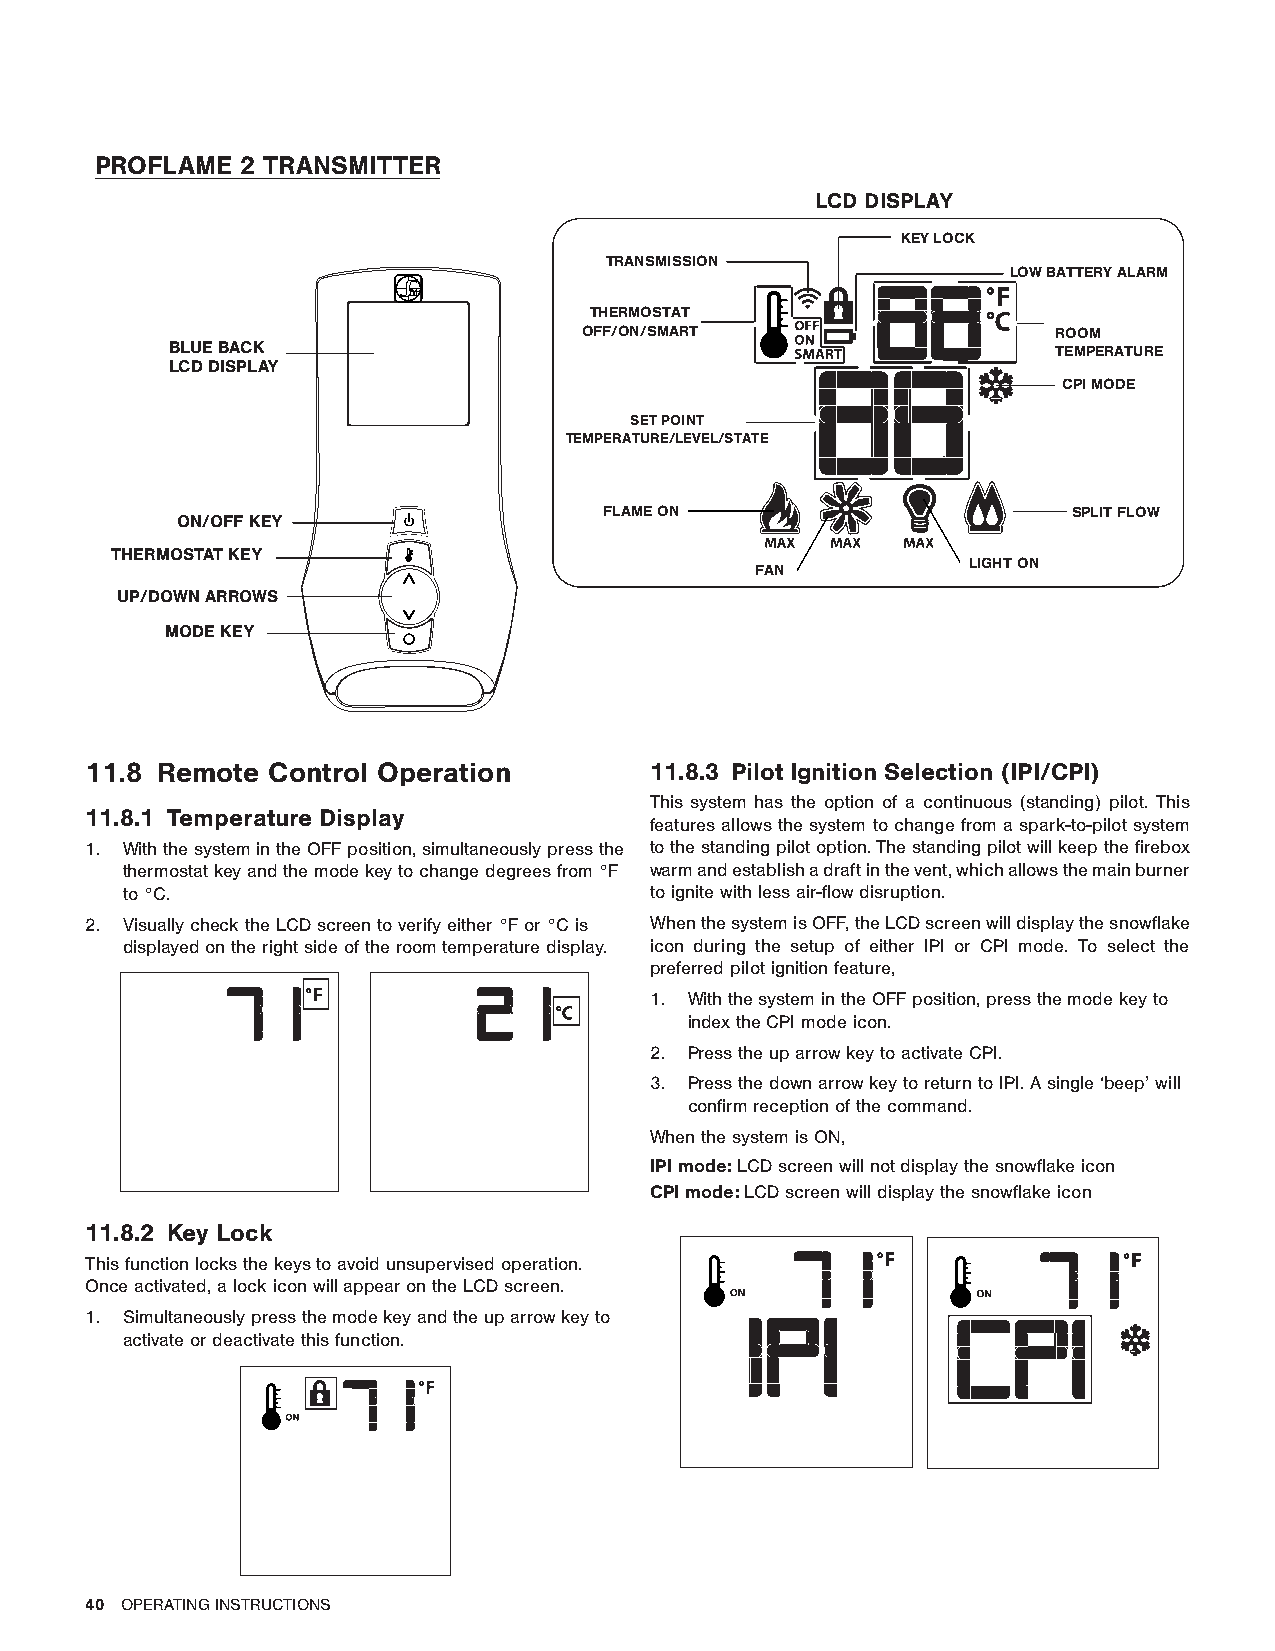
PROFLAME  2 TRANSMITTER
 LCD DISPLAY
 KEY LOCK
 TRANSMISSION
 LOW BATTERY ALARM
 THERMOSTAT
 OFF/ON/SMART                   ROOM
 BLUE BACK                                                  TEMPERATURE
 LCD DISPLAY
 CPI MODE
 SET POINT
 TEMPERATURE/LEVEL/STATE
 FLAME ON                       SPLIT FLOW
 ON/OFF KEY
 THERMOSTAT KEY
 LIGHT ON
 FAN
 UP/DOWN ARROWS
 MODE KEY
 11.8 Remote Control Operation        11.8.3 Pilot Ignition Selection (IPI/CPI)
 This system has the option of a continuous (standing) pilot. This
 11.8.1 Temperature Display
 features allows the system to change from a spark-to-pilot system
 1. With the system in the OFF position, simultaneously press the to the standing pilot option. The standing pilot will keep the firebox
 thermostat key and the mode key to change degrees from °F warm and establish a draft in the vent, which allows the main burner
 to °C.                             to ignite with less air-flow disruption.
 2. Visually check the LCD screen to verify either °F or °C is When the system is OFF, the LCD screen will display the snowflake
 displayed on the right side of the room temperature display. icon during the setup of either IPI or CPI mode. To select the
 preferred pilot ignition feature,
 1. With the system in the OFF position, press the mode key to
 index the CPI mode icon.
 2. Press the up arrow key to activate CPI.
 3. Press the down arrow key to return to IPI. A single ‘beep’ will
 confirm reception of the command.
 When the system is ON,
 IPI mode: LCD screen will not display the snowflake icon
 CPI mode: LCD screen will display the snowflake icon
 11.8.2 Key Lock
 This function locks the keys to avoid unsupervised operation.
 Once activated, a lock icon will appear on the LCD screen.
 1. Simultaneously press the mode key and the up arrow key to
 activate or deactivate this function.
 40 OPERATING INSTRUCTIONS